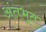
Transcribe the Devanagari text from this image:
अंतभूत